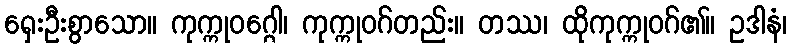
ရှေးဦးစွာသော။ ကုက္ကုဝဂ္ဂေါ၊ ကုက္ကုဝဂ်တည်း။ တဿ၊ ထိုကုက္ကုဝဂ်၏။ ဥဒါနံ၊